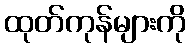
ထုတ်ကုန်များကို